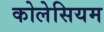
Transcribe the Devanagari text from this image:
कोलेसियम